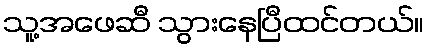
သူ့အဖေဆီ သွားနေပြီထင်တယ်။